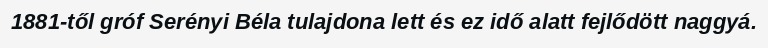
1881-től gróf Serényi Béla tulajdona lett és ez idő alatt fejlődött naggyá.